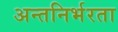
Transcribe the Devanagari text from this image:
अन्तनिर्भरता